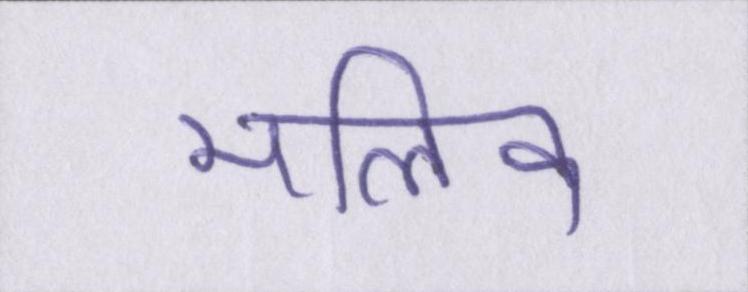
मलिक